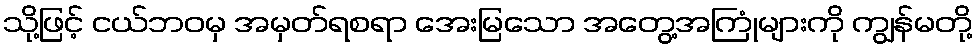
သို့ဖြင့် ငယ်ဘဝမှ အမှတ်ရစရာ အေးမြသော အတွေ့အကြုံများကို ကျွန်မတို့